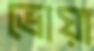
ভোয়া